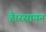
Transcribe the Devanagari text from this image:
है।रसायन